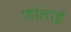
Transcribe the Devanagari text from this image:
फोलाई